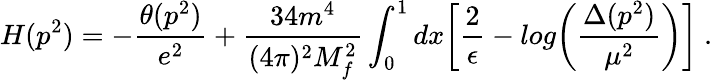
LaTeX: H(p^{2})=-\frac{\theta(p^{2})}{e^{2}}+\frac{34m^{4}}{(4\pi)^{2}M_{f}^{2}}\int_{0}^{1}dx\biggl[\frac{2}{\epsilon}-log\biggl(\frac{\Delta(p^{2})}{\mu^{2}}\biggr)\biggr]\ .